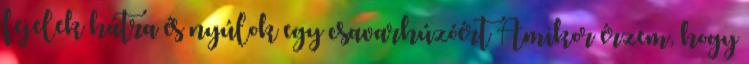
fejelek hátra és nyúlok egy csavarhúzóért Amikor érzem, hogy